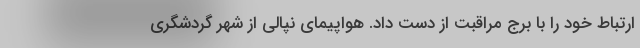
ارتباط خود را با برج مراقبت از دست داد. هواپیمای نپالی از شهر گردشگری